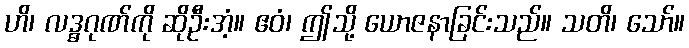
ဟိ၊ လဒ္ဓဂုဏ်ကို ဆိုဦးအံ့။ ဧဝံ၊ ဤသို့ ယောဇနာခြင်းသည်။ သတိ၊ သော်။